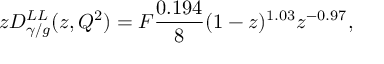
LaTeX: z D _ { \gamma / g } ^ { L L } ( z , Q ^ { 2 } ) = F { \frac { 0 . 1 9 4 } { 8 } } ( 1 - z ) ^ { 1 . 0 3 } z ^ { - 0 . 9 7 } ,